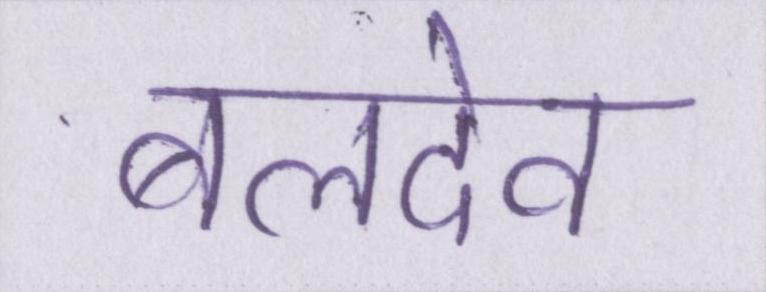
बलदेव